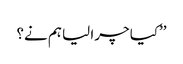
’’کیا چرا لیا ہم نے؟